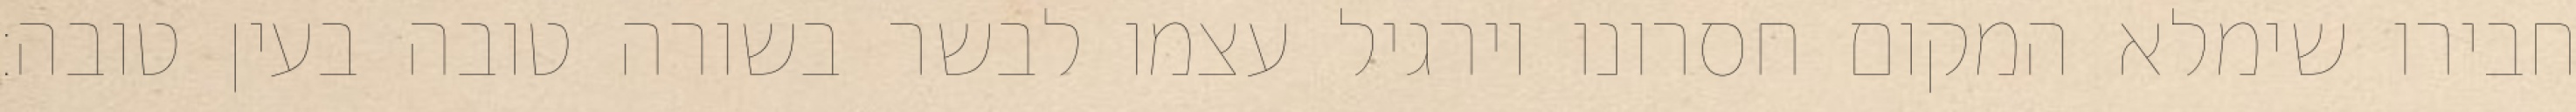
חבירו שימלא המקום חסרונו וירגיל עצמו לבשר בשורה טובה בעין טובה: